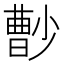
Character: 𡮦